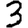
Digit: 3